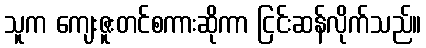
သူက ကျေးဇူးတင်စကားဆိုကာ ငြင်းဆန်လိုက်သည်။